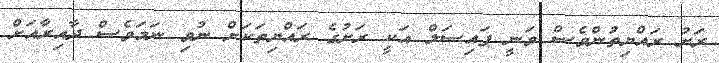
ރަށު ރައްޔިތުންވެސް ވަނީ ފައިސަލް އަކީ ރަށުގެ ރައްޔިތަކަށް ނުވި ނަމަވެސް ދާއިރާއަށް